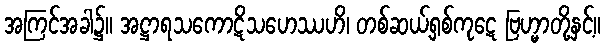
အကြင်အခါ၌။ အဋ္ဌာရသကောဋိသဟေဿဟိ၊ တစ်ဆယ့်ရှစ်ကုဋေ ဗြဟ္မာတို့နှင့်။